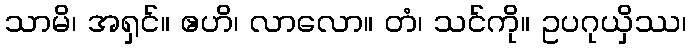
သာမိ၊ အရှင်။ ဧဟိ၊ လာလော။ တံ၊ သင်ကို။ ဥပဂုယှိဿ၊